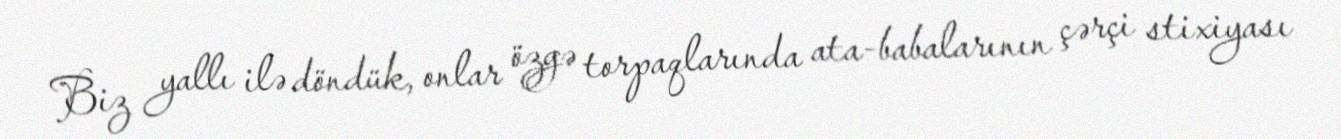
Biz yallı ilə döndük, onlar özgə torpaqlarında ata-babalarının çərçi stixiyası